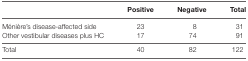
<table><thead><tr><td></td><td><b>Positive</b></td><td><b>Negative</b></td><td><b>Total</b></td></tr></thead><tbody><tr><td>Ménière’s disease-affected side</td><td>23</td><td>8</td><td>31</td></tr><tr><td>Other vestibular diseases plus HC</td><td>17</td><td>74</td><td>91</td></tr><tr><td>Total</td><td>40</td><td>82</td><td>122</td></tr></tbody></table>